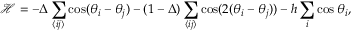
\mathcal { H } = - \Delta \sum _ { \langle i j \rangle } \cos ( \theta _ { i } - \theta _ { j } ) - ( 1 - \Delta ) \sum _ { \langle i j \rangle } \cos ( 2 ( \theta _ { i } - \theta _ { j } ) ) - h \sum _ { i } \cos \theta _ { i } ,